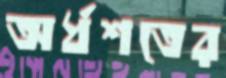
অর্ধশতের